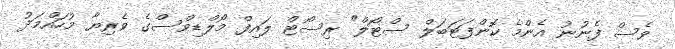
ވެސް ފެނުނު އެންމެ ކޮންފަޓަބަލް ސްޓޯލް" ރިސޯޓް ލައިފް މޯލްޑިވްސްގެ ވެރިޔާ މުހައްމަދު